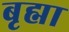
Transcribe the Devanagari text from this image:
बृह्मा